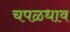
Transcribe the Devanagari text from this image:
चपळधाव